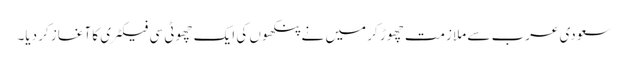
سعودی عرب سے ملازمت چھوڑ کر میں نے پنکھوں کی ایک چھوٹی سی فیکٹری کا آغاز کر دیا۔